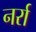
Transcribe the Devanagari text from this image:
नर्रा